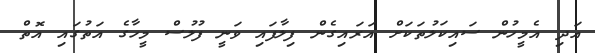
އަދި އެމީހުން ސައިކަލުތަކަށް އަރައިގެން ފިލާފައި ވަނީ ފުލުސް މީހާގެ އަތުގައި އޮތް